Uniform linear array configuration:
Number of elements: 8
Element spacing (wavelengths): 0.25
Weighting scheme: hann
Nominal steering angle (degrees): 0
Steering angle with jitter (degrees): -1.148
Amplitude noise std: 0.05
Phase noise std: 0.05

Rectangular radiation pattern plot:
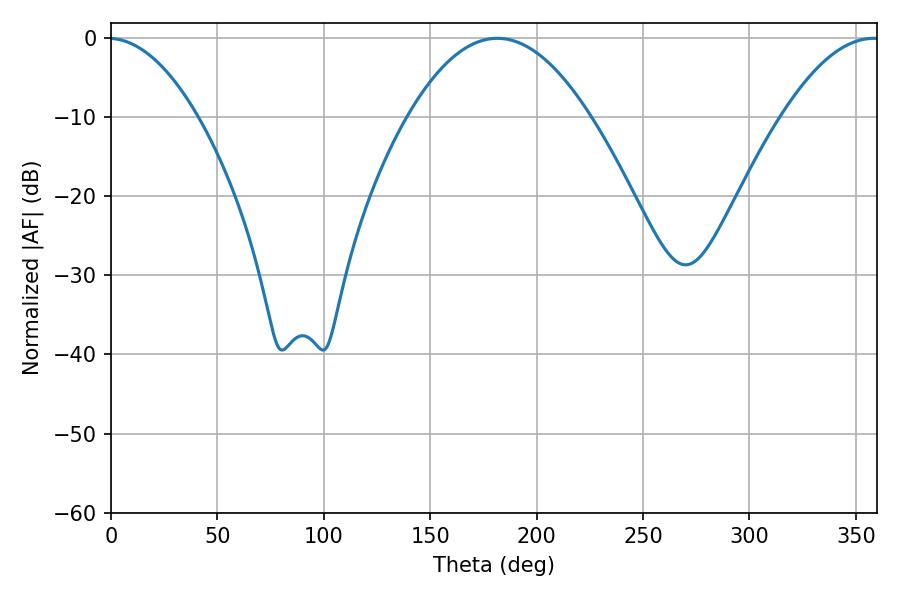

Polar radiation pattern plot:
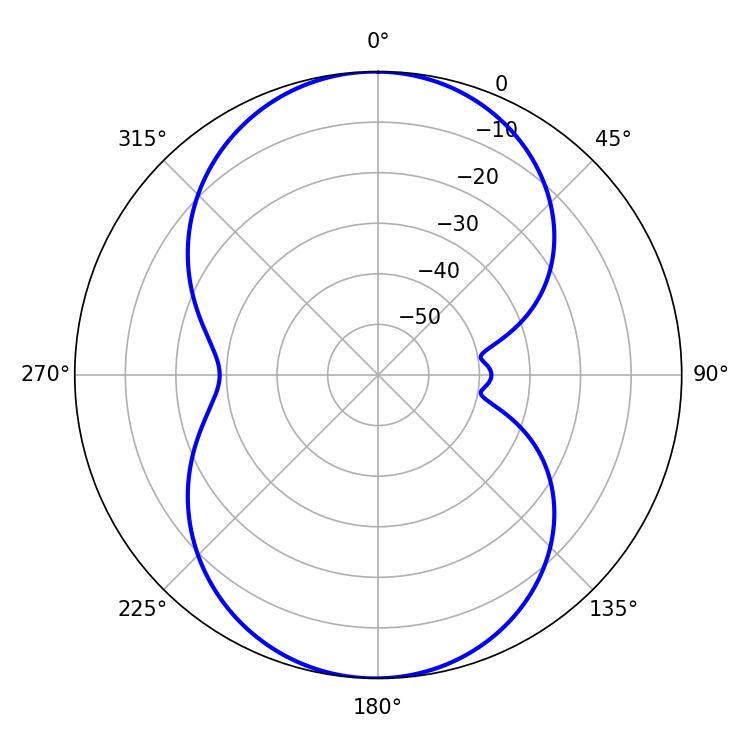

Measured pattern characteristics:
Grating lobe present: FALSE
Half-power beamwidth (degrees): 46.98
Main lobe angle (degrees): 181.62